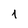
Character: 1